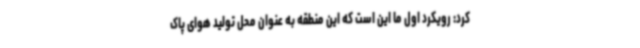
کرد: رویکرد اول ما این است که این منطقه به عنوان محل تولید هوای پاک